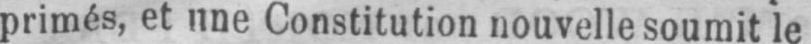
primés, et une Constitution nouvelle soumit le